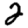
Digit: 2